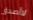
لاأصدق